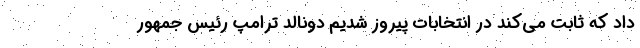
داد که ثابت می‌کند در انتخابات پیروز شدیم دونالد ترامپ رئیس جمهور